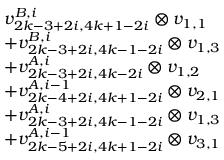
\begin{array} { r l } & { v _ { 2 k - 3 + 2 i , 4 k + 1 - 2 i } ^ { B , i } \otimes v _ { 1 , 1 } } \\ & { + v _ { 2 k - 3 + 2 i , 4 k - 1 - 2 i } ^ { B , i } \otimes v _ { 1 , 3 } } \\ & { + v _ { 2 k - 3 + 2 i , 4 k - 2 i } ^ { A , i } \otimes v _ { 1 , 2 } } \\ & { + v _ { 2 k - 4 + 2 i , 4 k + 1 - 2 i } ^ { A , i - 1 } \otimes v _ { 2 , 1 } } \\ & { + v _ { 2 k - 3 + 2 i , 4 k - 1 - 2 i } ^ { A , i } \otimes v _ { 1 , 3 } } \\ & { + v _ { 2 k - 5 + 2 i , 4 k + 1 - 2 i } ^ { A , i - 1 } \otimes v _ { 3 , 1 } } \end{array}